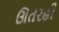
ઊતરહી